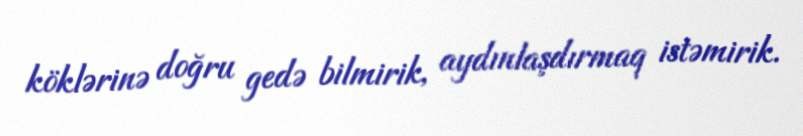
köklərinə doğru gedə bilmirik, aydınlaşdırmaq istəmirik.